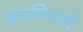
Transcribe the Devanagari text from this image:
कंपनिययों